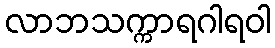
လာဘသက္ကာရဂါရဝါ